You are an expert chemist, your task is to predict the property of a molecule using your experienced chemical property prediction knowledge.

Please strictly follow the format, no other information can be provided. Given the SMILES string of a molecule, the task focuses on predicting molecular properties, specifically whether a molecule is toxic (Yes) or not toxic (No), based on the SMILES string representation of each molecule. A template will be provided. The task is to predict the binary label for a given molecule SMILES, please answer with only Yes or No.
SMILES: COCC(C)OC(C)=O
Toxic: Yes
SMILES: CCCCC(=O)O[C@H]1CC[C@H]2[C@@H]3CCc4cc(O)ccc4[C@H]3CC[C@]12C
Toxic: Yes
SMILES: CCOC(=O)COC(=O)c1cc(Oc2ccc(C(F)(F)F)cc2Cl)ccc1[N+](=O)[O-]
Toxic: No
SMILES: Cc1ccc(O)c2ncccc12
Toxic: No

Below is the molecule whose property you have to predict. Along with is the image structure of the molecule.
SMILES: Oc1ccc(Cl)cc1Sc1cc(Cl)ccc1O
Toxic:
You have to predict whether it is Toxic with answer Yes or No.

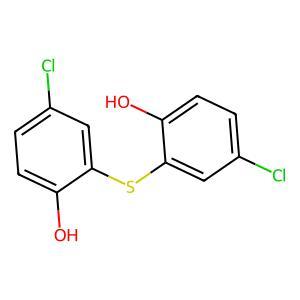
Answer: No